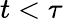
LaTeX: t<\tau